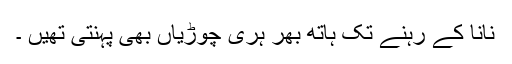
نانا کے رہنے تک ہاتھ بھر ہری چوڑیاں بھی پہنتی تھیں ۔